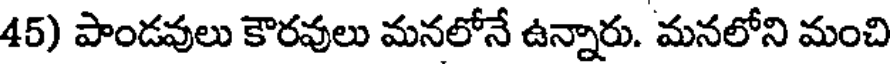
45) పాండవులు కౌరవులు మనలోనే ఉన్నారు. మనలోని మంచి